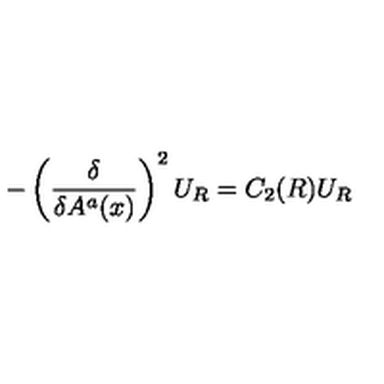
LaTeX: - \left( \frac { \delta } { \delta A ^ { a } ( x ) } \right) ^ { 2 } U _ { R } = C _ { 2 } ( R ) U _ { R }